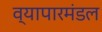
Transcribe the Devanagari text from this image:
व्यापारमंडल